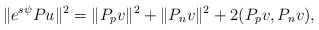
\begin{align*} \|e^{s\psi}Pu\|^2=\|P_pv\|^2+\|P_nv\|^2+2(P_pv,P_nv),\end{align*}